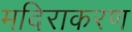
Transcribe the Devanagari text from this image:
मदिराकरण